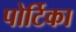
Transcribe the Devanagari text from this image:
पोर्टिका